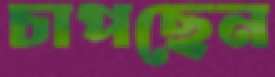
চাপছেন